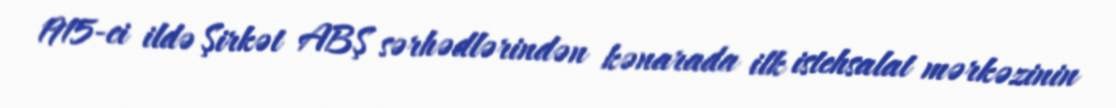
1915-ci ildə Şirkət ABŞ sərhədlərindən kənarada ilk istehsalat mərkəzinin